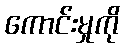
ကောင်းမှုကို